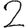
Digit: 2